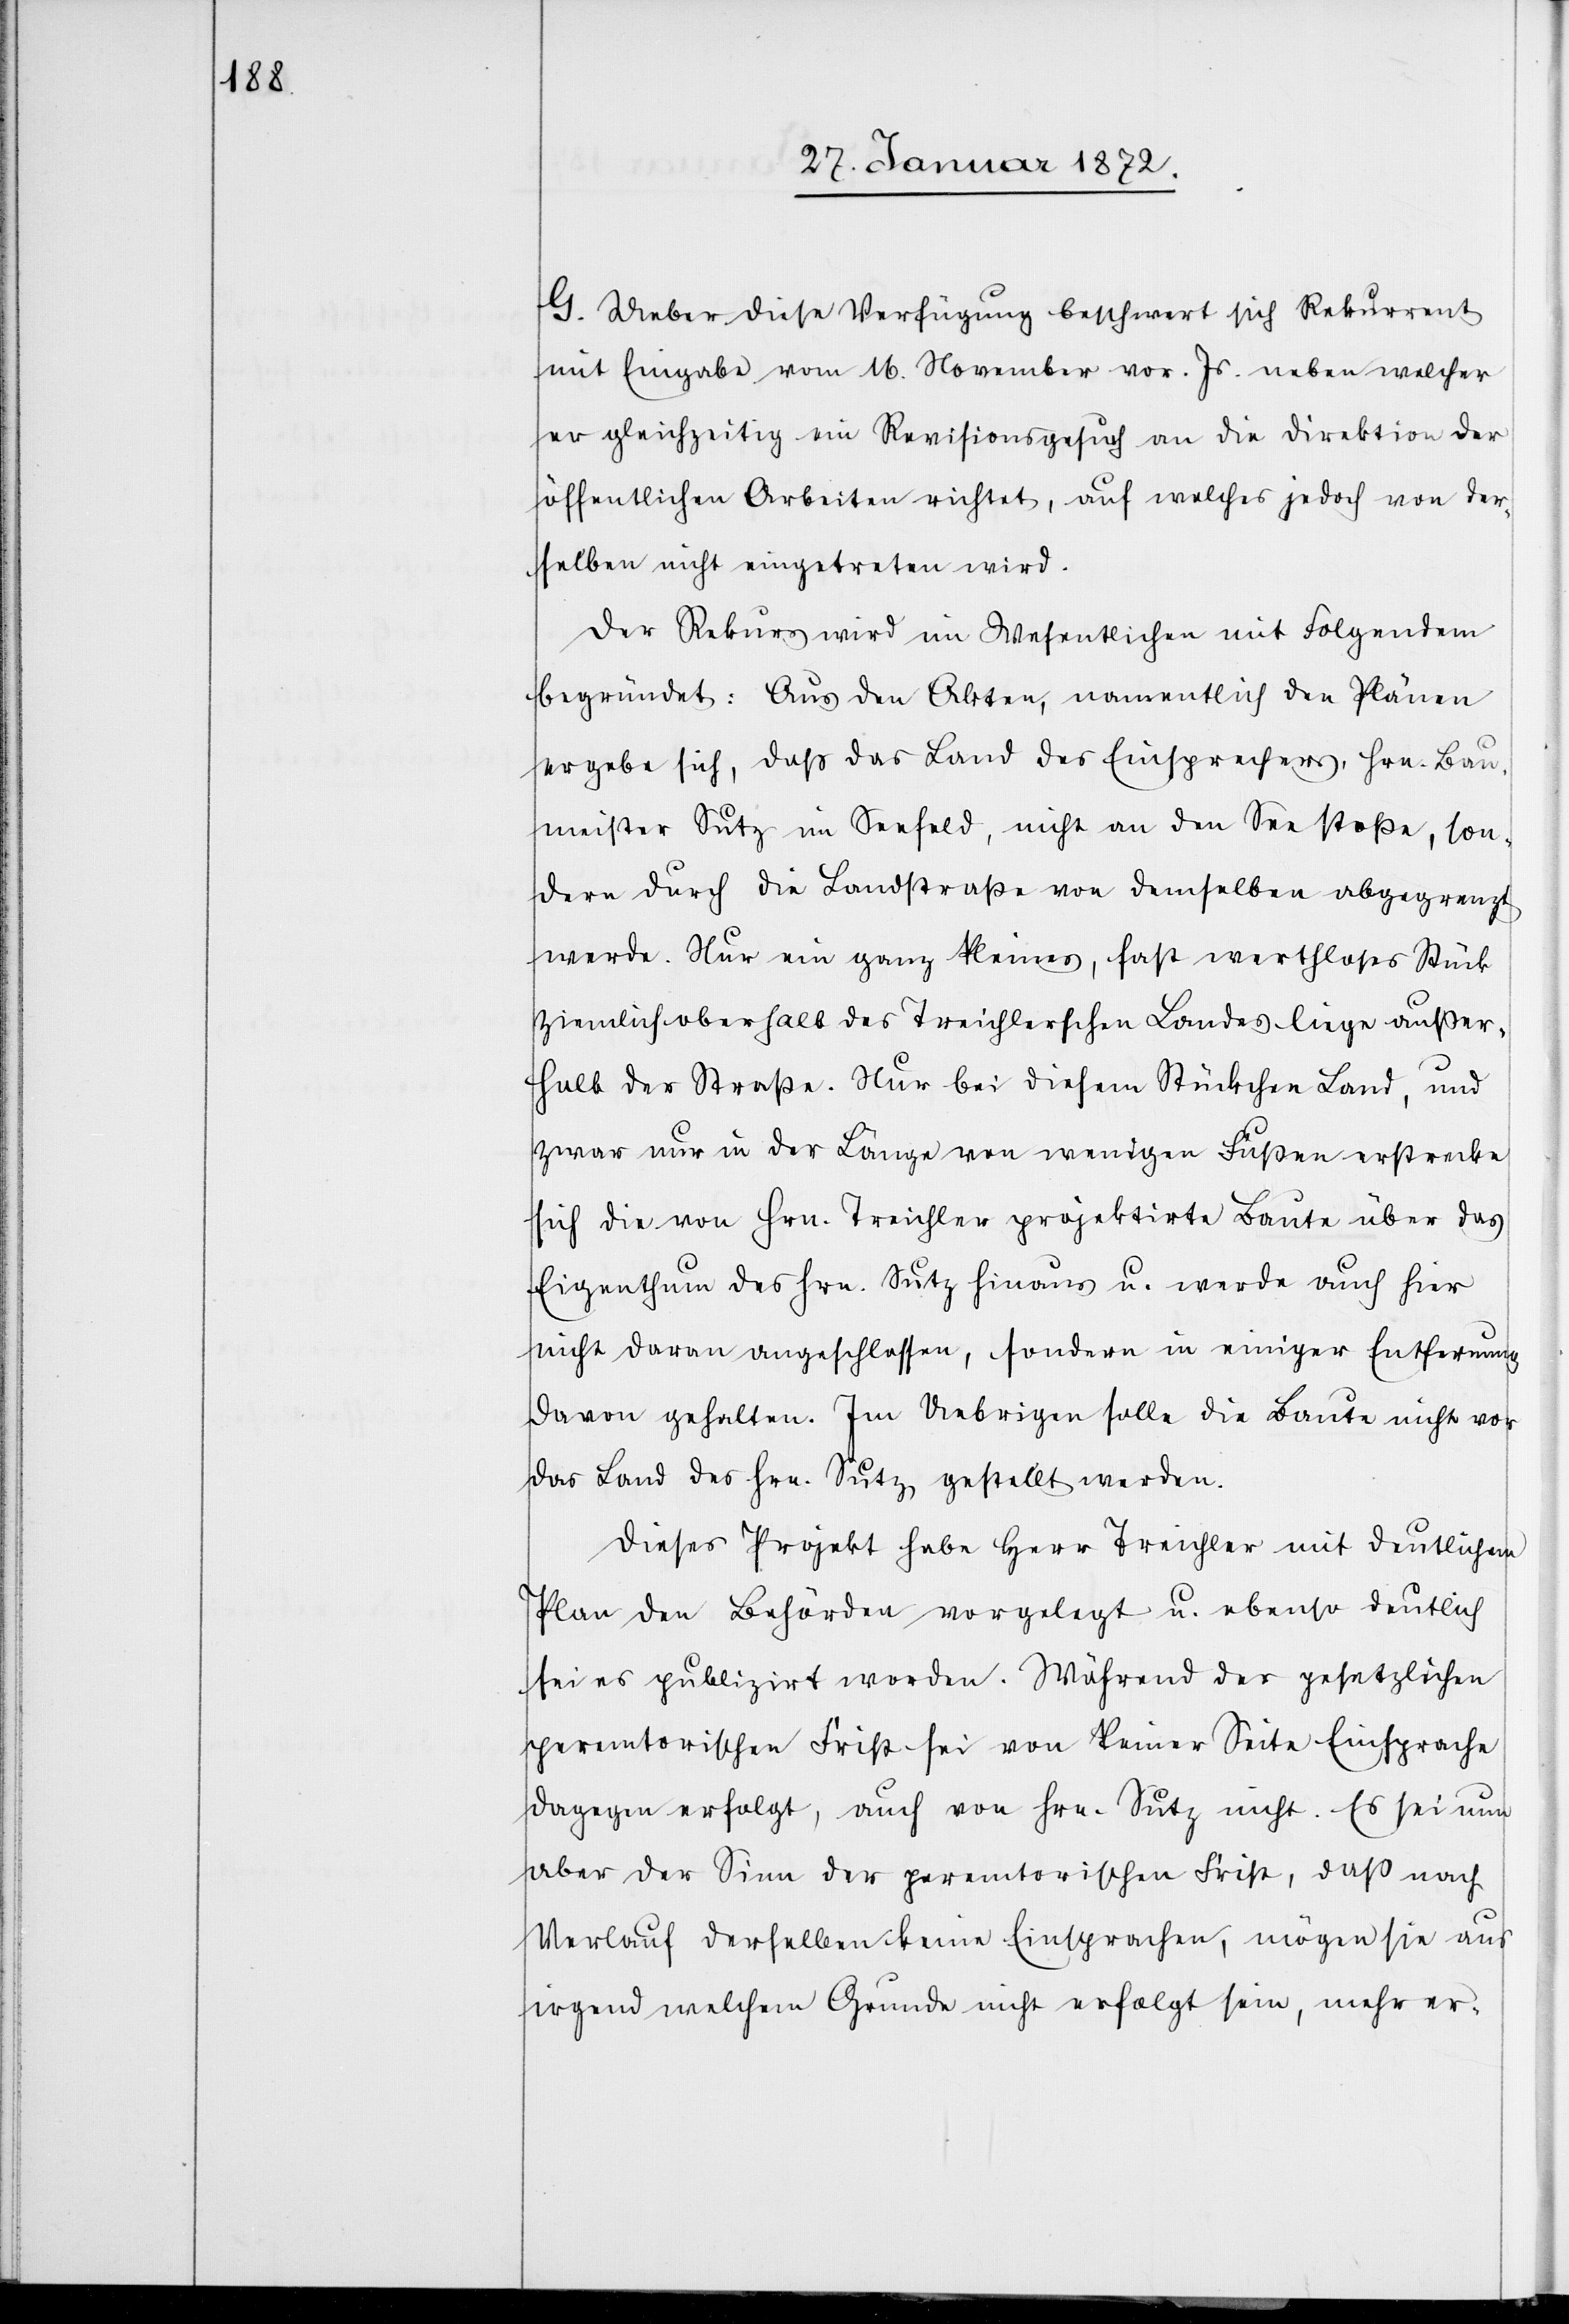
G. Ueber diese Verfügung beschwert sich Rekurrent
mit Eingabe vom 16. November vor. Js. neben welcher
er gleichzeitig ein Revisionsgesuch an die Direktion der
öffentlichen Arbeiten richtet, auf welches jedoch von der¬
selben nicht eingetreten wird.
Der Rekurs wird im Wesentlichen mit Folgendem
begründet: Aus den Akten, namentlich den Plänen
ergebe sich, dass das Land des Einsprechers, Hrn. Bau¬
meister Sutz im Seefeld, nicht an den See stoße, son¬
dern durch die Landstraße von demselben abgegrenzt
werde. Nur ein ganz kleines, fast werthloses Stück
ziemlich oberhalb des Treichlerschen Landes liege außer¬
halb der Straße. Nur bei diesem Stückchen Land, und
zwar nur in der Länge von wenigen Füßen erstrecke
sich die von Hrn. Treichler projektirte Baute über das
Eigenthum des Hrn. Sutz hinaus u. werde auch hier
nicht daran angeschlossen, sondern in einiger Entfernung
davon gehalten. Im Uebrigen solle die Baute nicht vor
das Land des Hrn. Sutz gestellt werden.
Dieses Projekt habe Herr Treichler mit deutlichem
Plan den Behörden vorgelegt u. ebenso deutlich
sei es publizirt worden. Während der gesetzlichen
peremtorischen Frist sei von keiner Seite Einsprache
dagegen erfolgt, auch von Hrn. Sutz nicht. Es sei nun
aber der Sinn der peremtorischen Frist, daß nach
Verlauf derselben keine Einsprachen, mögen sie aus
irgend welchem Grunde nicht erfolgt sein, mehr er-